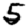
Digit: 5